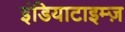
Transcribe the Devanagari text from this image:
इंडियाटाइम्‍ज़